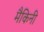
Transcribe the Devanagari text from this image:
मैकिनी